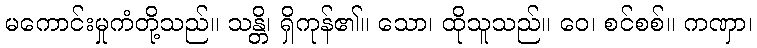
မကောင်းမှုကံတို့သည်။ သန္တိ၊ ရှိကုန်၏။ သော၊ ထိုသူသည်။ ဝေ၊ စင်စစ်။ ကဏှာ၊